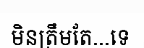
មិនត្រឹមតែ...ទេ